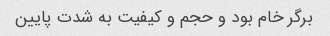
برگر خام بود و حجم و کیفیت به شدت پایین